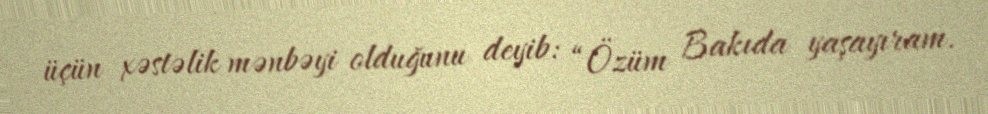
üçün xəstəlik mənbəyi olduğunu deyib: “Özüm Bakıda yaşayıram.